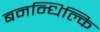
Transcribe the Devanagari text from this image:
बनन्धिल्कि